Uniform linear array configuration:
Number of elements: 32
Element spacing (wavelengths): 0.25
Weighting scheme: hamming
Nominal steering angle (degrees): -30
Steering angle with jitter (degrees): -29.073
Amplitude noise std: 0.05
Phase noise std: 0.05

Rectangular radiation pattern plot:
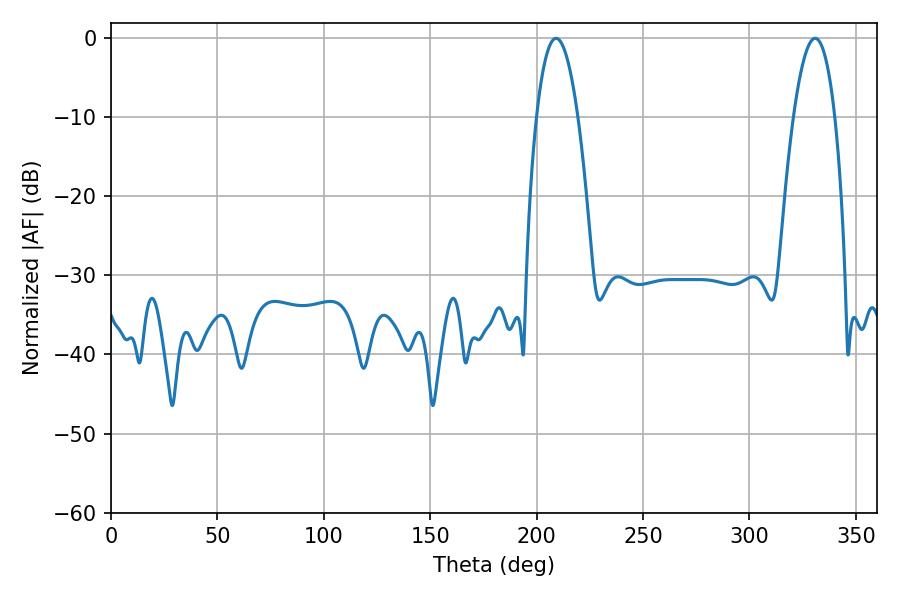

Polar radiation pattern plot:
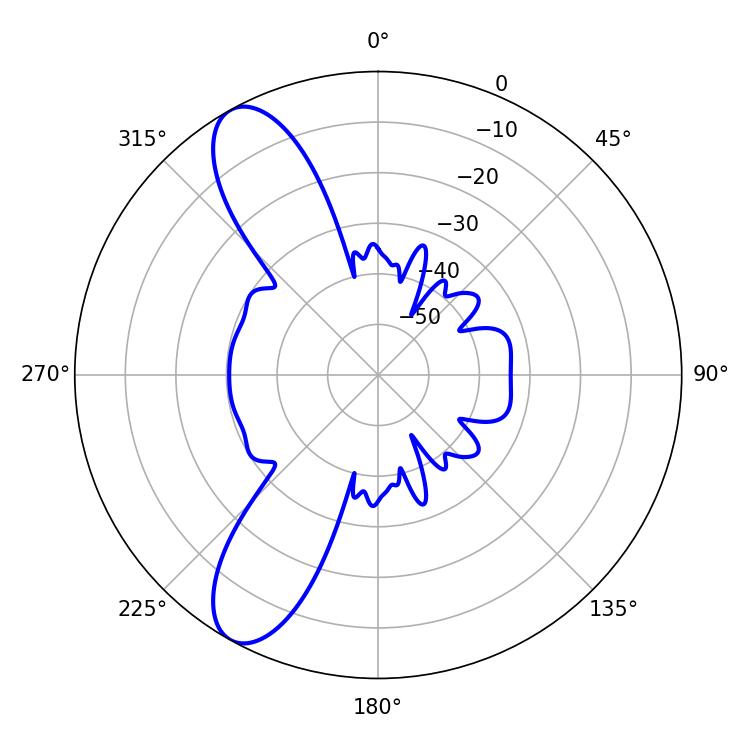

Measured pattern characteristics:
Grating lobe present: FALSE
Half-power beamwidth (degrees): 10.8
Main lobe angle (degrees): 330.84